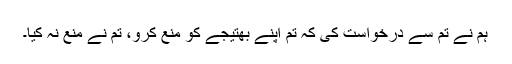
ہم نے تم سے درخواست کی کہ تم اپنے بھتیجے کو منع کرو، تم نے منع نہ کیا۔